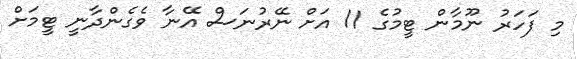
މި ފަހަރު ނޫމާން ޓީމުގެ 11 އަށް ނޭރުނަސް އޭނާ ވެގެންދާނީ ޓީމަށް